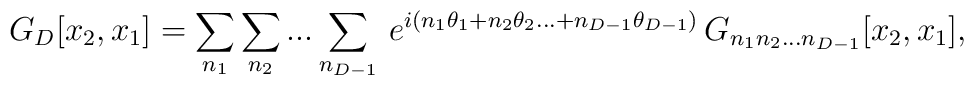
G_D [x_2, x_1] = \sum_{n_1} \sum_{n_2}...\sum_{n_{D-1}} \,e^{i(n_1 \theta_1 + n_2\theta_2 ...+n_{D-1} \theta_{D-1})}\, G_{n_1 n_2...n_{D-1}} [x_2, x_1],